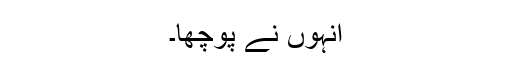
انہوں نے پوچھا۔